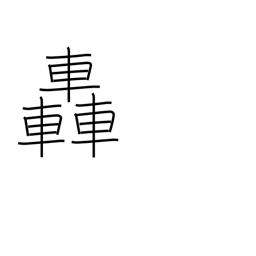
Meaning: roar